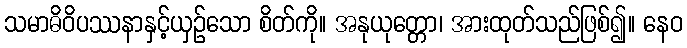
သမာဓိဝိပဿနာနှင့်ယှဉ်သော စိတ်ကို။ အနုယုတ္တော၊ အားထုတ်သည်ဖြစ်၍။ နေဝ